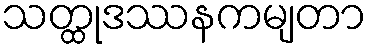
သတ္ထုဒဿနကမျတာ